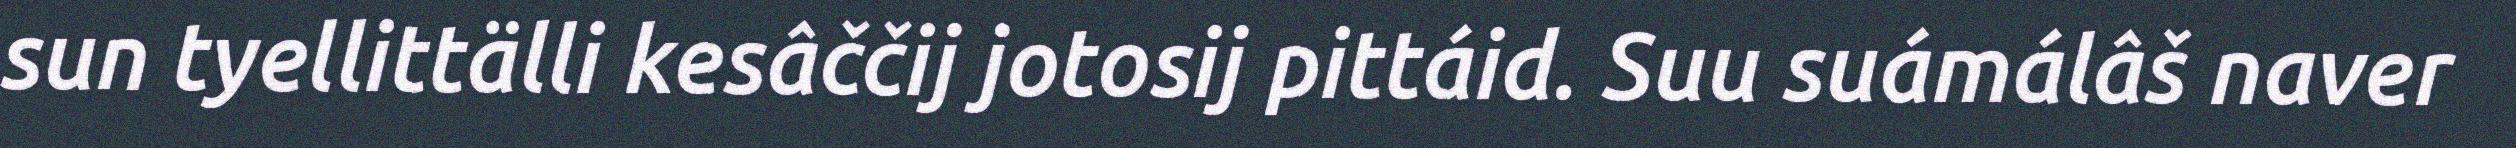
sun tyellittälli kesâččij jotosij pittáid. Suu suámálâš naver